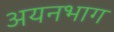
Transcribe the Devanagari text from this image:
अयनभाग